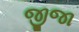
જીજા